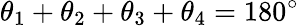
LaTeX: \theta_{1}+\theta_{2}+\theta_{3}+\theta_{4}=180^{\circ}